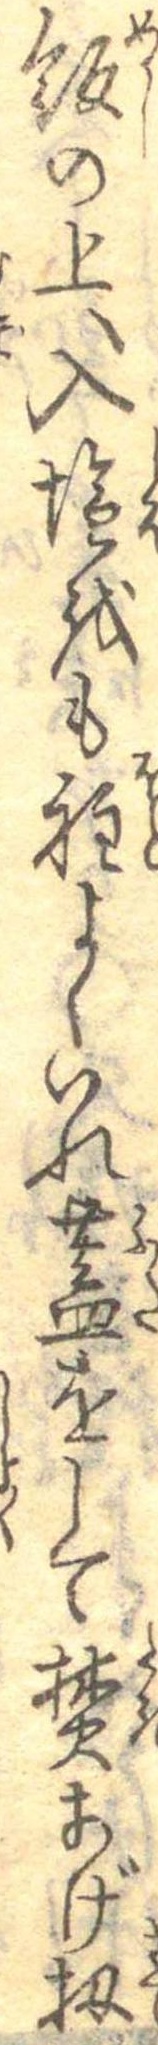
飯の上へ入塩をも程よくいれ蓋をして焚あげ扨